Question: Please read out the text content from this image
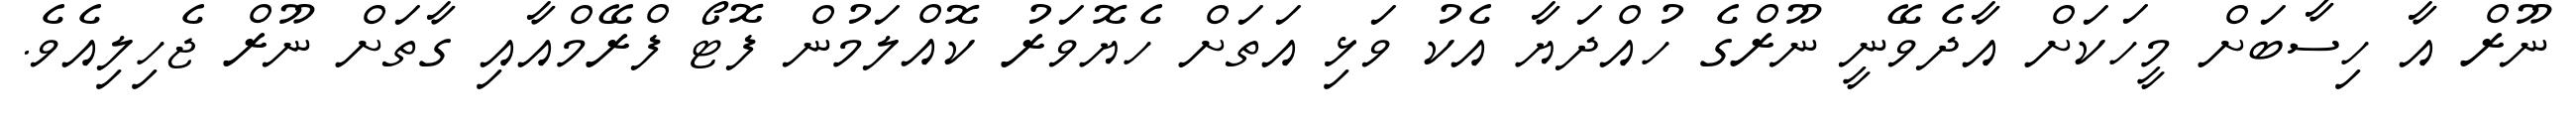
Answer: ނޫރް އާ ހިސާބަށް މީހަކަށް އާދެވޭނީ ނޫރްގެ ހުއްދަޔާ އެކު ވަޅި އަތަށް ހެޔޮވަރު ކޮއްލަމުން ފޮޓޯ ފްރޭމްއާއި ގާތަށް ނޫރް ޖެހިލިއެވެ.